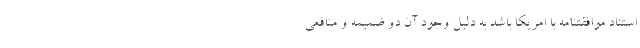
استناد موافقتنامه با امريكا باشد به دليل وجود آن دو ضميمه و منافعي